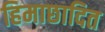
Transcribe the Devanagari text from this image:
हिमाछादित